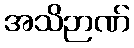
အသိဉာဏ်